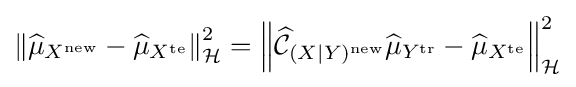
\left\|{\widehat {\mu }}_{X^{\text{new}}}-{\widehat {\mu }}_{X^{\text{te}}}\right\|_{\mathcal {H}}^{2}=\left\|{\widehat {\mathcal {C}}}_{(X\mid Y)^{\text{new}}}{\widehat {\mu }}_{Y^{\text{tr}}}-{\widehat {\mu }}_{X^{\text{te}}}\right\|_{\mathcal {H}}^{2}